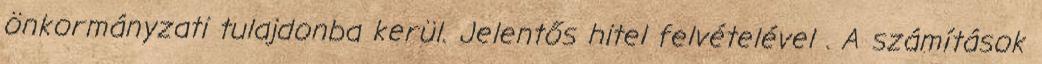
önkormányzati tulajdonba kerül. Jelentős hitel felvételével . A számítások